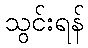
သွင်းရန်